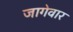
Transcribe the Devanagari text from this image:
जागेवार